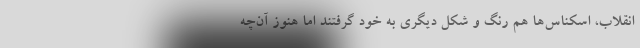
انقلاب، اسکناس‌ها هم رنگ و شکل دیگری به خود گرفتند اما هنوز آن‌چه